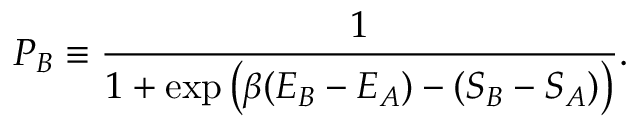
P _ { B } \equiv { \frac { 1 } { 1 + \exp \left( \beta ( E _ { B } - E _ { A } ) - ( S _ { B } - S _ { A } ) \right) } } .